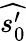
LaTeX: \widehat{s_{0}^{\prime}}